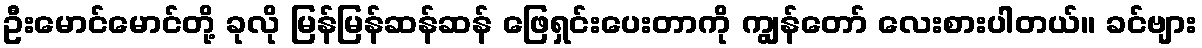
ဦးမောင်မောင်တို့ ခုလို မြန်မြန်ဆန်ဆန် ဖြေရှင်းပေးတာကို ကျွန်တော် လေးစားပါတယ်။ ခင်ဗျား